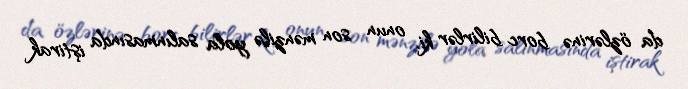
da özlərinə borc bilirlər ki, onun son mənzilə yola salınmasında iştirak